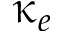
\upkappa _ { e }